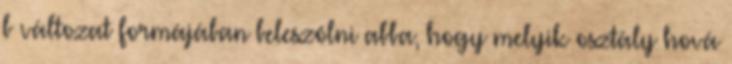
b változat formájában beleszólni abba, hogy melyik osztály hová